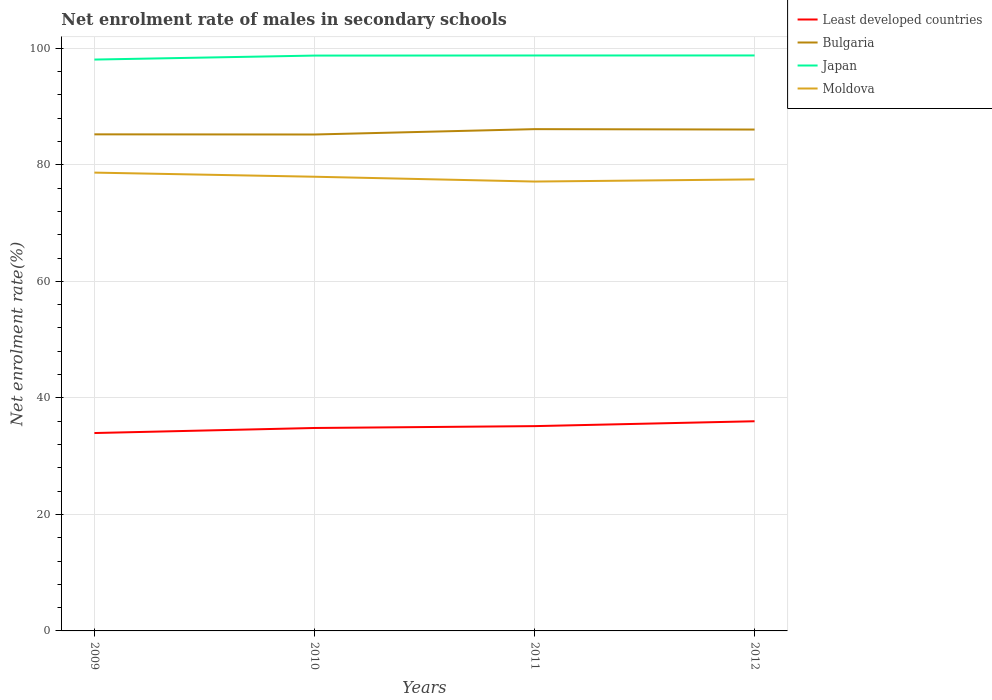
| Years | Least developed countries | Bulgaria | Japan | Moldova |
 | --- | --- | --- | --- | --- |
 | 2009 | 34 | 85.2 | 98.1 | 78.7 |
 | 2010 | 34.8 | 85.2 | 98.8 | 78 |
 | 2011 | 35.2 | 86.1 | 98.8 | 77.1 |
 | 2012 | 36 | 86.1 | 98.8 | 77.5 |